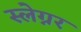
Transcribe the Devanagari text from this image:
स्लेग्नर